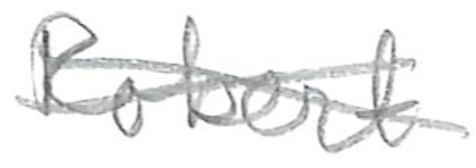
Text: Robert
Cross-out: cross
Writing tool: pencil